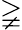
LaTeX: \gneqq